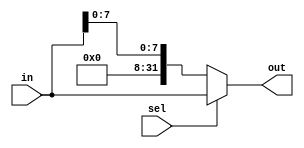
module Mux_word_byte( //if sel = 0 out = ZeroFill(31 downto 8) & in (7 downto 0)
                       // else out = in
	input wire [31:0] in,
	 input wire sel,
	 output reg [31:0] out
    );

    always @(*) begin
	 if (sel==1'b0) begin
	     out = {24'b000000000000000000000000, in[7:0]};
	 end
	 else begin
	     out = in;
	 end
	 
	 end

endmodule